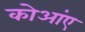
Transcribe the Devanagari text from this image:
कोआंए